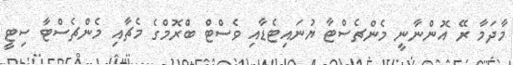
މާދަމާ ރޭ އޮންނާނީ މެންޗެސްޓާ ޔުނައިޓެޑާއި ވެސްޓް ބްރޮމްގެ މެޗާއި މެންޗެސްޓާ ސިޓީ